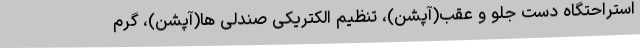
استراحتگاه دست جلو و عقب(آپشن)، تنظیم الکتریکی صندلی ها(آپشن)، گرم